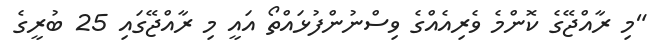
"މި ރާއްޖޭގެ ކޮންމެ ވެރިއެއްގެ ވިސްނުންފުޅައްތޯ އައީ މި ރާއްޖޭގައި 25 ބުރީގެ